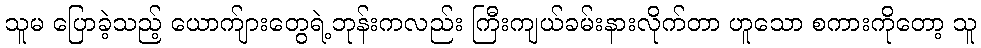
သူမ ပြောခဲ့သည့် ယောက်ျားတွေရဲ့ဘုန်းကလည်း ကြီးကျယ်ခမ်းနားလိုက်တာ ဟူသော စကားကိုတော့ သူ